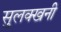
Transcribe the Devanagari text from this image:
सुलक्खनी